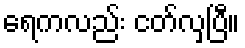
ရေကလည်း ငတ်လှပြီ။